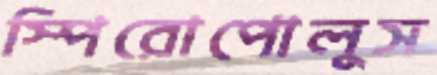
স্পিরোপোলুস